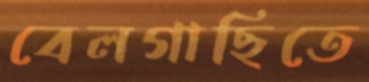
বেলগাছিতে